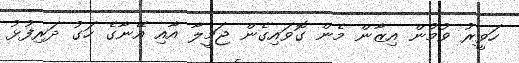
ހަވީރު ވުމުން އިޒާން މެން ގޮވައިގެން ޖަމީލާ އާއި އޭނާގެ ހަގު ދަރިފުޅު